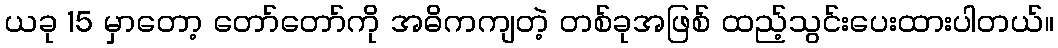
ယခု 15 မှာတော့ တော်တော်ကို အဓိကကျတဲ့ တစ်ခုအဖြစ် ထည့်သွင်းပေးထားပါတယ်။